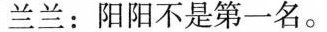
兰兰：阳阳不是第一名。